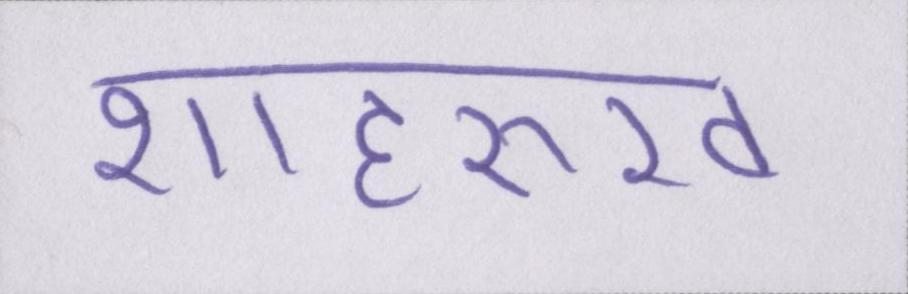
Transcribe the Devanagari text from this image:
शाहरुख